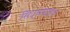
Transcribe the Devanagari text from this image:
सिद्धमठात